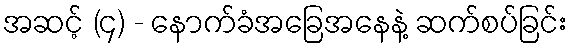
အဆင့် (၄) - နောက်ခံအခြေအနေနဲ့ ဆက်စပ်ခြင်း